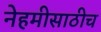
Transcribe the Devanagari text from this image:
नेहमीसाठीच